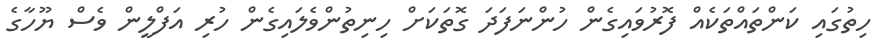
ހިތުގައި ކަންތައްތަކެއް ފޮރުވައިގެން ހުންނަފަދަ ގޮތަކަށް ހިނިތުންވެލައިގެން ހުރި އަފްލީން ވެސް ޔޫހާގެ